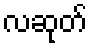
လဆုတ်